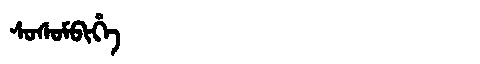
Manchu: ᠰᠣᠰᠣᠮᠪᡳᡥᡝ
Romanization: SOSOMBIHE